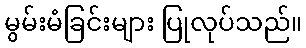
မွမ်းမံခြင်းများ ပြုလုပ်သည်။